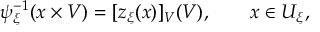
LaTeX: \psi _ { \xi } ^ { - 1 } ( x \times V ) = [ z _ { \xi } ( x ) ] _ { V } ( V ) , \qquad x \in U _ { \xi } ,